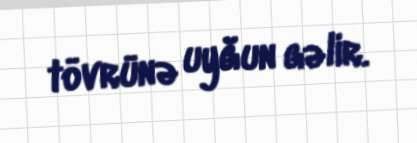
tövrünə uyğun gəlir.